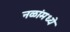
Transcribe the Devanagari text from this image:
नळांमध्ये